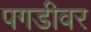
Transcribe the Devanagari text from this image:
पगडीवर